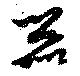
噐